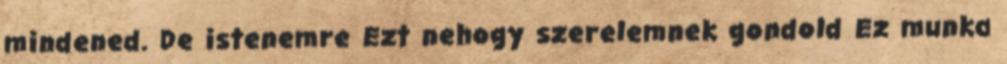
mindened. De istenemre Ezt nehogy szerelemnek gondold Ez munka